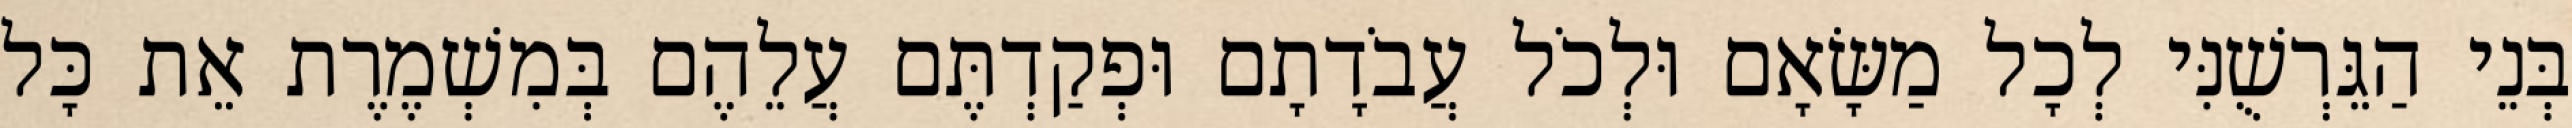
בְּנֵי הַגֵּרְשֻׁנִּי לְכָל מַשָּׂאָם וּלְכֹל עֲבֹדָתָם וּפְקַדְתֶּם עֲלֵהֶם בְּמִשְׁמֶרֶת אֵת כָּל